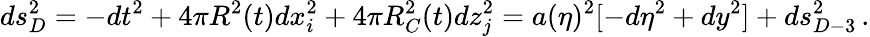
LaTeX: ds_{D}^{2}=-dt^{2}+4\pi R^{2}(t)dx_{i}^{2}+4\pi R_{C}^{2}(t)dz_{j}^{2}=a(\eta)^{2}[-d\eta^{2}+dy^{2}]+ds_{D-3}^{2}\, .